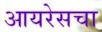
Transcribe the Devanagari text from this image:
आयरेसचा